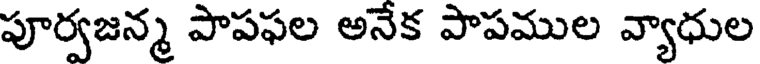
పూర్వజన్మ పాపఫల అనేక పాపముల వ్యాధుల